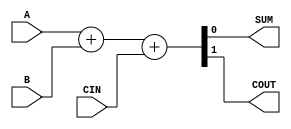
module FA(
    input A,
    input B,
    input CIN,
    output reg SUM,
    output reg COUT
    );
always @(A or B or CIN)
begin
{COUT,SUM} = A+B+CIN;
end  

endmodule